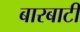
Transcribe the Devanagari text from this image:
बारबाटी